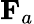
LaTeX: {\mathbf F}_{a}